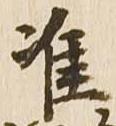
准